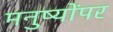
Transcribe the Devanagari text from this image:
मनुष्योंपर